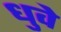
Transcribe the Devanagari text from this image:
धुवे